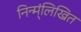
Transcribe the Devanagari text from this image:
निन्म्ंलिखित